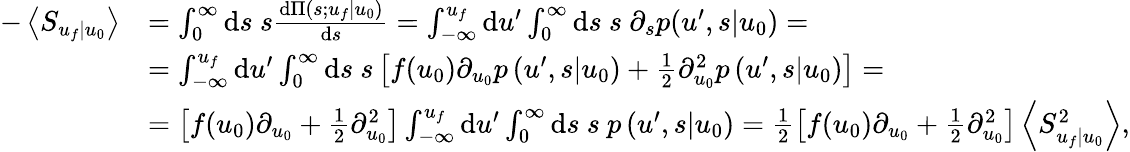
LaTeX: \begin{array}{rl}{-\left\langle S_{u_{f}|u_{0}}\right\rangle}&{=\int_{0}^{\infty}\mathrm{d}s\ s\frac{\mathrm{d}\Pi(s;u_{f}|u_{0})}{\mathrm{d}s}=\int_{-\infty}^{u_{f}}\mathrm{d}u^{\prime}\int_{0}^{\infty}\mathrm{d}s\ s\ \partial_{s}p(u^{\prime},s|u_{0})=}\\ &{=\int_{-\infty}^{u_{f}}\mathrm{d}u^{\prime}\int_{0}^{\infty}\mathrm{d}s\ s\left[f(u_{0})\partial_{u_{0}}p\left(\left.u^{\prime},s\right|u_{0}\right)+\frac{1}{2}\partial_{u_{0}}^{2}p\left(\left.u^{\prime},s\right|u_{0}\right)\right]=}\\ &{=\left[f(u_{0})\partial_{u_{0}}+\frac{1}{2}\partial_{u_{0}}^{2}\right]\int_{-\infty}^{u_{f}}\mathrm{d}u^{\prime}\int_{0}^{\infty}\mathrm{d}s\ s\ p\left(\left.u^{\prime},s\right|u_{0}\right)=\frac{1}{2}\left[f(u_{0})\partial_{u_{0}}+\frac{1}{2}\partial_{u_{0}}^{2}\right]\left\langle S_{u_{f}|u_{0}}^{2}\right\rangle,}\end{array}